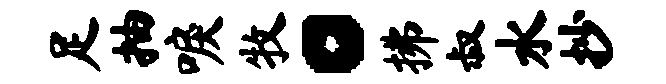
足抽唳牧。拂叔水抄